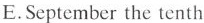
E.September the tenth